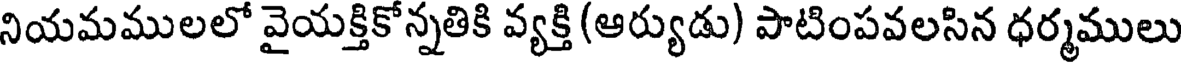
నియమములలో వైయక్తికోన్నతికి వ్యక్తి (ఆర్యుడు) పాటింపవలసిన ధర్మములు